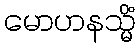
မောဟနသ္မိံ